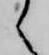
々